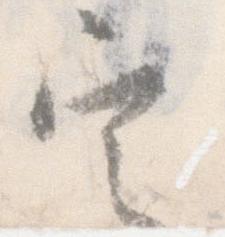
定